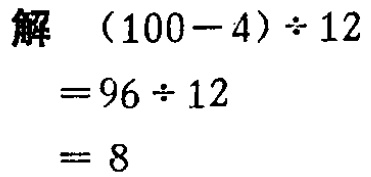
```

解

\((100 - 4)\div12\)

\(= 96\div12\)

\(= 8\)

```